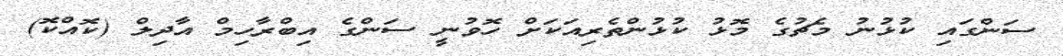
ސަންގައި ކުޅުނު މެޗުގެ މޮޅު ކުޅުންތެރިއަކަށް ހޮވުނީ ސަންގެ އިބްރާހިމް އާދިލް (ކޮއްކޮ)